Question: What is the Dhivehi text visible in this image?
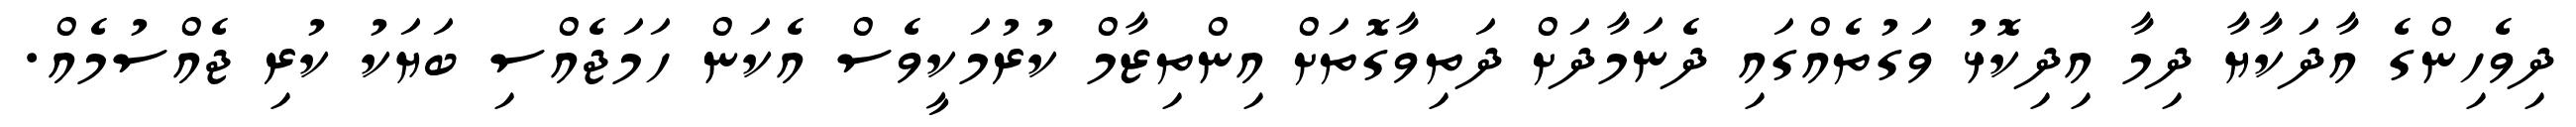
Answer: ދިވެހިންގެ އާދަކާޔާ ދިމާ އިދިކޮޅު ވަގުތެއްގައި ދެނަމާދަށް ދަތިވާގޮތަށް އިންތިޒާމް ކުރުމަކީވެސް އެކަން ހަމަޖެއްސި ބަޔަކު ކުރި ޖެއްސުމެއް.